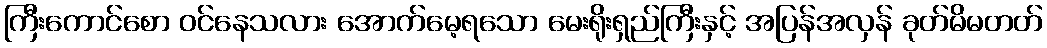
ကြီးကောင်စော ဝင်နေသလား အောက်မေ့ရသော မေးရိုးရှည်ကြီးနှင့် အပြန်အလှန် ခုတ်မိမတတ်